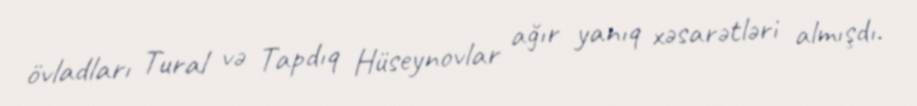
övladları Tural və Tapdıq Hüseynovlar ağır yanıq xəsarətləri almışdı.